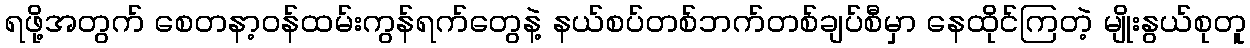
ရဖို့အတွက် စေတနာ့ဝန်ထမ်းကွန်ရက်တွေနဲ့ နယ်စပ်တစ်ဘက်တစ်ချပ်စီမှာ နေထိုင်ကြတဲ့ မျိုးနွယ်စုတူ